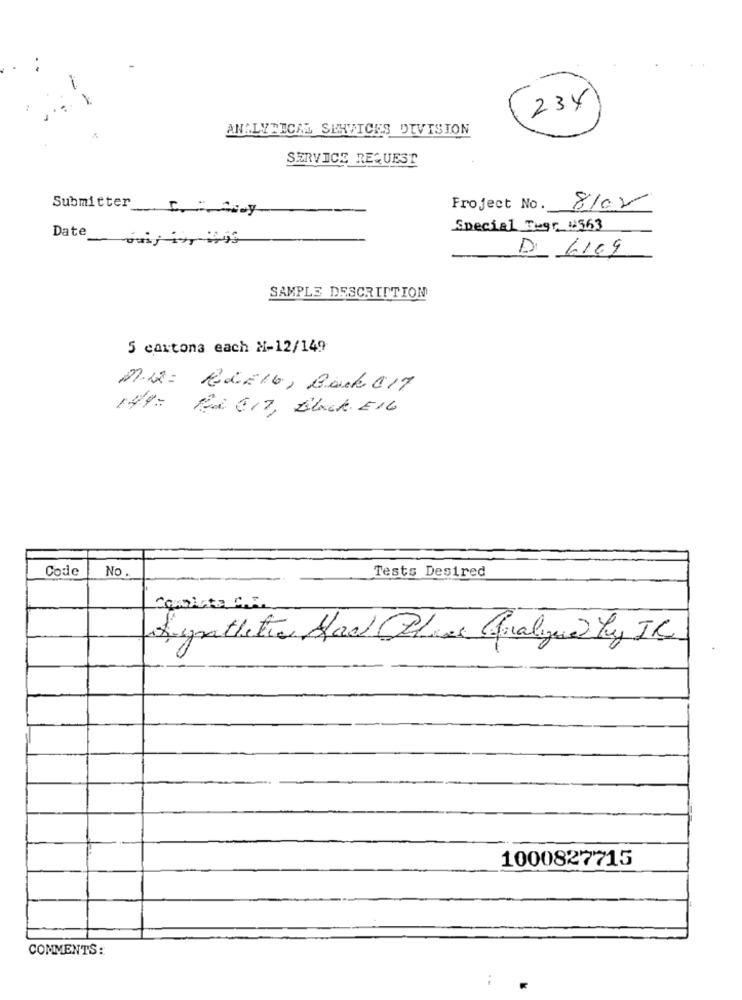
234
ANALYTICAL SERVICES DIVISION
SERVICE REQUEST
8/02
Submitter
Froject No ._
Date
Special Tegr #8363
D 6109
SAMPLE DESCRIPTION
5 cartons each M-12/149
Mix: RLE16, Back 017
149- Ra CI7, Black. E16
Code
No .
Tests Desired
Comista C ...
Synthetic Had Place finalize My IC
1000827715
COMMENTS: